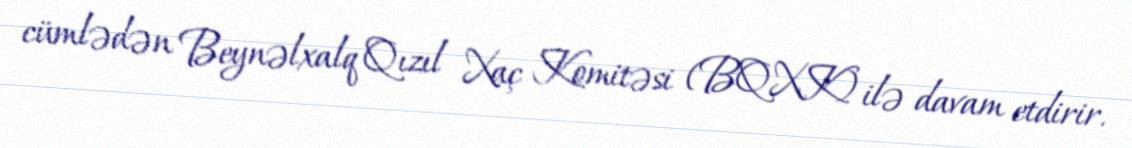
cümlədən Beynəlxalq Qızıl Xaç Komitəsi (BQXK) ilə davam etdirir.